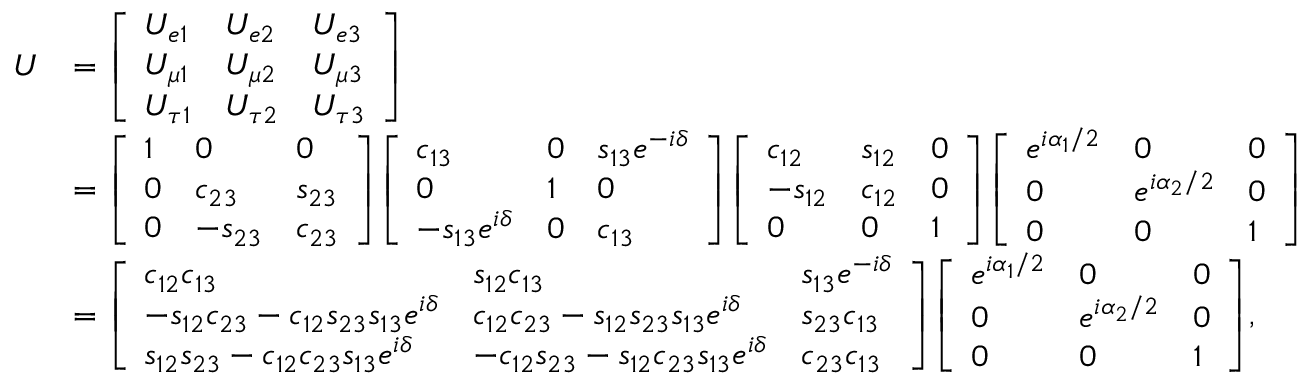
{ \begin{array} { r l } { U } & { = { \left[ \begin{array} { l l l } { U _ { e 1 } } & { U _ { e 2 } } & { U _ { e 3 } } \\ { U _ { \mu 1 } } & { U _ { \mu 2 } } & { U _ { \mu 3 } } \\ { U _ { \tau 1 } } & { U _ { \tau 2 } } & { U _ { \tau 3 } } \end{array} \right] } } \\ & { = { \left[ \begin{array} { l l l } { 1 } & { 0 } & { 0 } \\ { 0 } & { c _ { 2 3 } } & { s _ { 2 3 } } \\ { 0 } & { - s _ { 2 3 } } & { c _ { 2 3 } } \end{array} \right] } { \left[ \begin{array} { l l l } { c _ { 1 3 } } & { 0 } & { s _ { 1 3 } e ^ { - i \delta } } \\ { 0 } & { 1 } & { 0 } \\ { - s _ { 1 3 } e ^ { i \delta } } & { 0 } & { c _ { 1 3 } } \end{array} \right] } { \left[ \begin{array} { l l l } { c _ { 1 2 } } & { s _ { 1 2 } } & { 0 } \\ { - s _ { 1 2 } } & { c _ { 1 2 } } & { 0 } \\ { 0 } & { 0 } & { 1 } \end{array} \right] } { \left[ \begin{array} { l l l } { e ^ { i \alpha _ { 1 } / 2 } } & { 0 } & { 0 } \\ { 0 } & { e ^ { i \alpha _ { 2 } / 2 } } & { 0 } \\ { 0 } & { 0 } & { 1 } \end{array} \right] } } \\ & { = { \left[ \begin{array} { l l l } { c _ { 1 2 } c _ { 1 3 } } & { s _ { 1 2 } c _ { 1 3 } } & { s _ { 1 3 } e ^ { - i \delta } } \\ { - s _ { 1 2 } c _ { 2 3 } - c _ { 1 2 } s _ { 2 3 } s _ { 1 3 } e ^ { i \delta } } & { c _ { 1 2 } c _ { 2 3 } - s _ { 1 2 } s _ { 2 3 } s _ { 1 3 } e ^ { i \delta } } & { s _ { 2 3 } c _ { 1 3 } } \\ { s _ { 1 2 } s _ { 2 3 } - c _ { 1 2 } c _ { 2 3 } s _ { 1 3 } e ^ { i \delta } } & { - c _ { 1 2 } s _ { 2 3 } - s _ { 1 2 } c _ { 2 3 } s _ { 1 3 } e ^ { i \delta } } & { c _ { 2 3 } c _ { 1 3 } } \end{array} \right] } { \left[ \begin{array} { l l l } { e ^ { i \alpha _ { 1 } / 2 } } & { 0 } & { 0 } \\ { 0 } & { e ^ { i \alpha _ { 2 } / 2 } } & { 0 } \\ { 0 } & { 0 } & { 1 } \end{array} \right] } , } \end{array} }